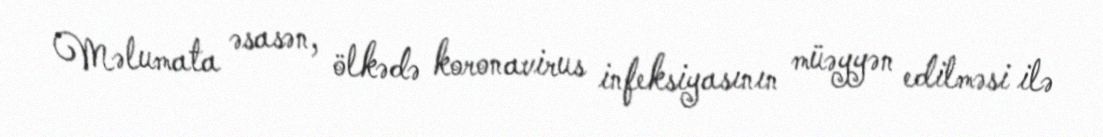
Məlumata əsasən, ölkədə koronavirus infeksiyasının müəyyən edilməsi ilə